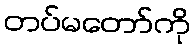
တပ်မတော်ကို